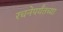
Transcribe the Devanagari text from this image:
रचनेपर्यंतच्या